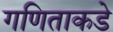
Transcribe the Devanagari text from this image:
गणिताकडे